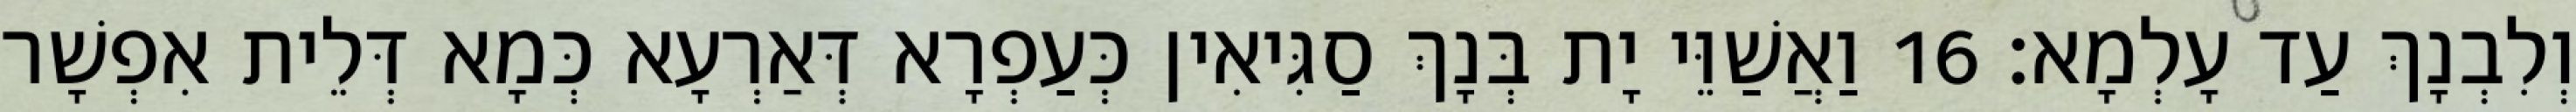
וְלִבְנָךְ עַד עָלְמָא׃ 16 וַאֲשַׁוֵּי יָת בְּנָךְ סַגִּיאִין כְּעַפְרָא דְּאַרְעָא כְּמָא דְּלֵית אִפְשָׁר